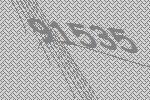
91535